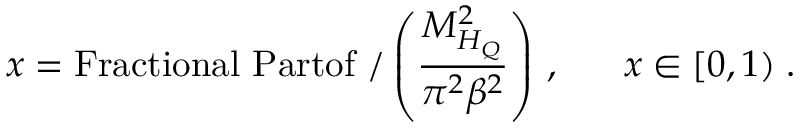
x = \mathrm { F r a c t i o n a l ~ P a r t o f \ / } \left( \frac { M _ { H _ { Q } } ^ { 2 } } { \pi ^ { 2 } \beta ^ { 2 } } \right) \, , ~ ~ ~ ~ ~ x \in [ 0 , 1 ) \; .